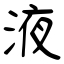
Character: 液